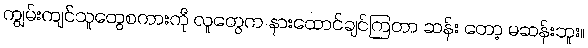
ကျွမ်းကျင်သူတွေစကားကို လူတွေက နားထောင်ချင်ကြတာ ဆန်း တော့ မဆန်းဘူး။